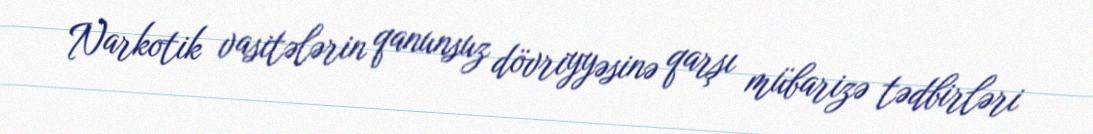
Narkotik vasitələrin qanunsuz dövriyyəsinə qarşı mübarizə tədbirləri